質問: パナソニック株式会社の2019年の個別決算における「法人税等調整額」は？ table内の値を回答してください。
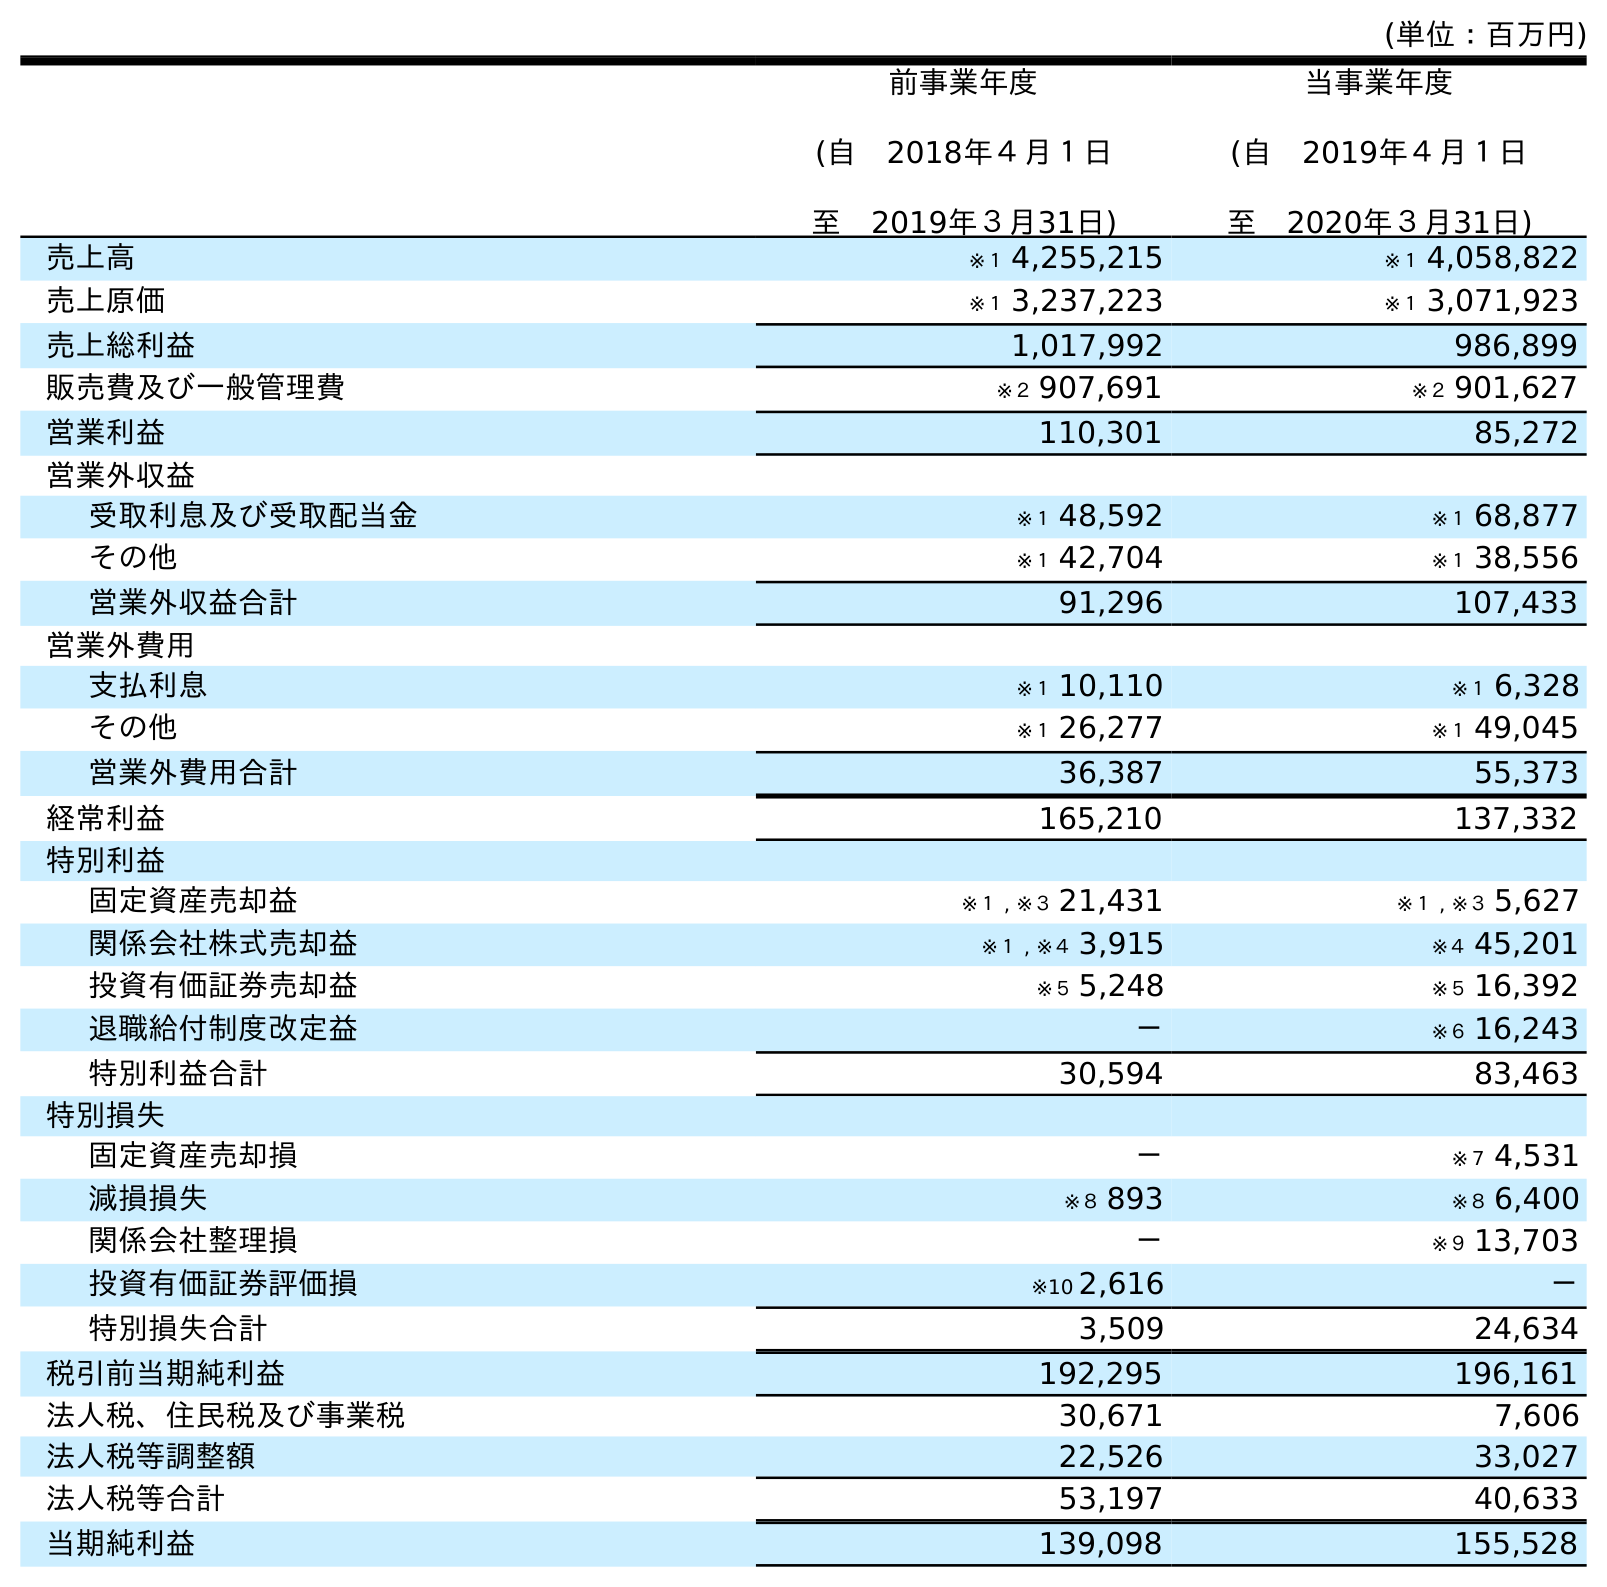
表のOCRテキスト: (単位：百万円) 前事業年度 (自 2018年４月１日 至 2019年３月31日) 当事業年度 (自 2019年４月１日 至 2020年３月31日) 売上高 ※１ 4,255,215 ※１ 4,058,822 売上原価 ※１ 3,237,223 ※１ 3,071,923 売上総利益 1,017,992 986,899 販売費及び一般管理費 ※２ 907,691 ※２ 901,627 営業利益 110,301 85,272 営業外収益 受取利息及び受取配当金 ※１ 48,592 ※１ 68,877 その他 ※１ 42,704 ※１ 38,556 営業外収益合計 91,296 107,433 営業外費用 支払利息 ※１ 10,110 ※１ 6,328 その他 ※１ 26,277 ※１ 49,045 営業外費用合計 36,387 55,373 経常利益 165,210 137,332 特別利益 固定資産売却益 ※１ , ※３ 21,431 ※１ , ※３ 5,627 関係会社株式売却益 ※１ , ※４ 3,915 ※４ 45,201 投資有価証券売却益 ※５ 5,248 ※５ 16,392 退職給付制度改定益 － ※６ 16,243 特別利益合計 30,594 83,463 特別損失 固定資産売却損 － ※７ 4,531 減損損失 ※８ 893 ※８ 6,400 関係会社整理損 － ※９ 13,703 投資有価証券評価損 ※10 2,616 － 特別損失合計 3,509 24,634 税引前当期純利益 192,295 196,161 法人税、住民税及び事業税 30,671 7,606 法人税等調整額 22,526 33,027 法人税等合計 53,197 40,633 当期純利益 139,098 155,528
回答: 22,526